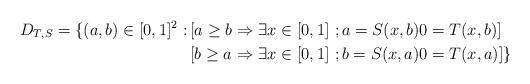
LaTeX: \begin{align*} D_{T,S}=\{(a,b)\in [0,1]^2: & \left[a\ge b \Rightarrow \exists x\in [0,1] \ ; a=S(x,b) 0=T(x,b)\right] \\ & \left[b\ge a \Rightarrow \exists x\in [0,1] \ ; b=S(x,a) 0=T(x,a)\right]\}\end{align*}